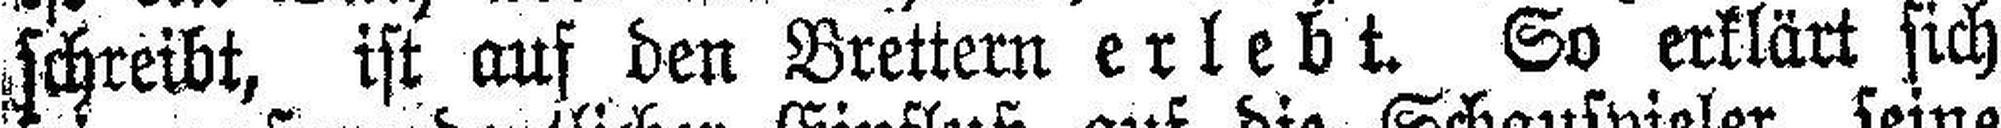
schreibt, ist auf den Brettern erlebt. So erklärt sich